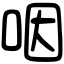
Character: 咽